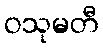
ဝသုမတီ